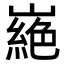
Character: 𭗜